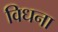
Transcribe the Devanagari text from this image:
विधना